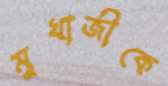
মুখার্জীকে